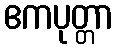
ဧကပုတ္တာ